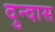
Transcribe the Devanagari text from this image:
दुन्दास